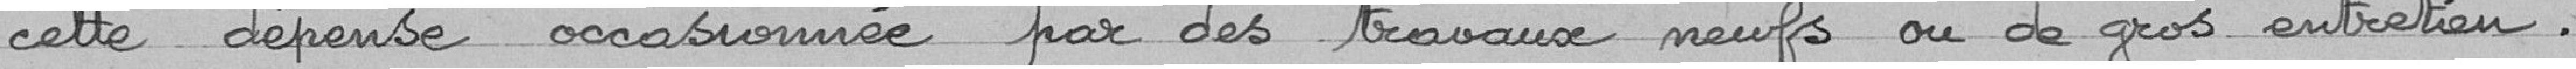
cette dépense occasionnée par des travaux neufs ou de gros entretien.